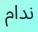
ندام